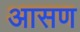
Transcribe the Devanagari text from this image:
आसण